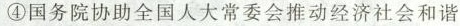
④国务院协助全国人大常委会推动经济社会和谐